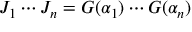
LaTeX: J _ { 1 } \cdots J _ { n } = G ( \alpha _ { 1 } ) \cdots G ( \alpha _ { n } )